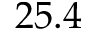
2 5 . 4